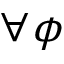
\forall \boldsymbol \phi